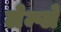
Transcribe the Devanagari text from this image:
लेम्प्ले